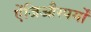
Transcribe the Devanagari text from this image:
ऐंजिऔस्पर्मों